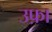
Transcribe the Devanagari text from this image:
उफ़ा